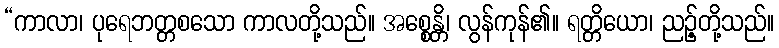
“ကာလာ၊ ပုရေဘတ္တစသော ကာလတို့သည်။ အစ္စေန္တိ၊ လွန်ကုန်၏။ ရတ္တိယော၊ ညဉ့်တို့သည်။